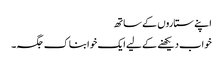
اپنے ستاروں کے ساتھ
خواب دیکھنے کے لیے ایک خوابناک جگہ۔